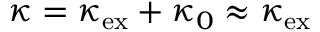
\kappa = \kappa _ { \mathrm { e x } } + \kappa _ { 0 } \approx \kappa _ { \mathrm { e x } }